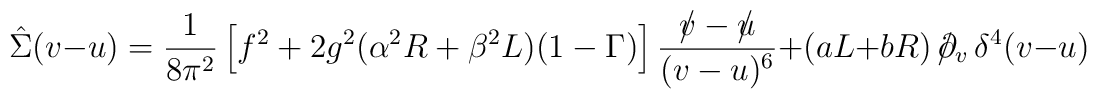
\hat{\Sigma}(v-u)=\frac{1}{8\pi^2}\left[f^2+2g^2(\alpha^2R+\beta^2L)(1-\Gamma)\right]\frac{{\textstyle /\hspace{-2mm}v-/\hspace{-2mm}u}}{{\textstyle(v-u)^6}}+(aL+bR)\,/\hspace{-2mm}\partial_v\,\delta^4(v-u)